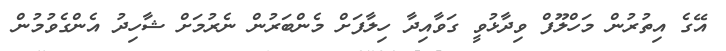
އޭގެ އިތުރުން މަހްލޫފް ވިދާޅުވީ ގަވާއިދާ ހިލާފަށް މެންބަރުން ނެރުމަށް ޝާހިދު އެންގެވުމުން